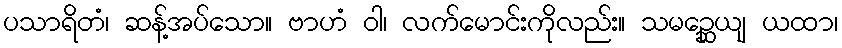
ပသာရိတံ၊ ဆန့်အပ်သော။ ဗာဟံ ဝါ၊ လက်မောင်းကိုလည်း။ သမဉ္ဆေယျ ယထာ၊